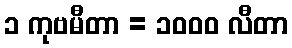
၁ ကုဗမီတာ = ၁၀၀၀ လီတာ